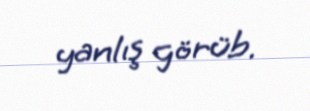
yanlış görüb.